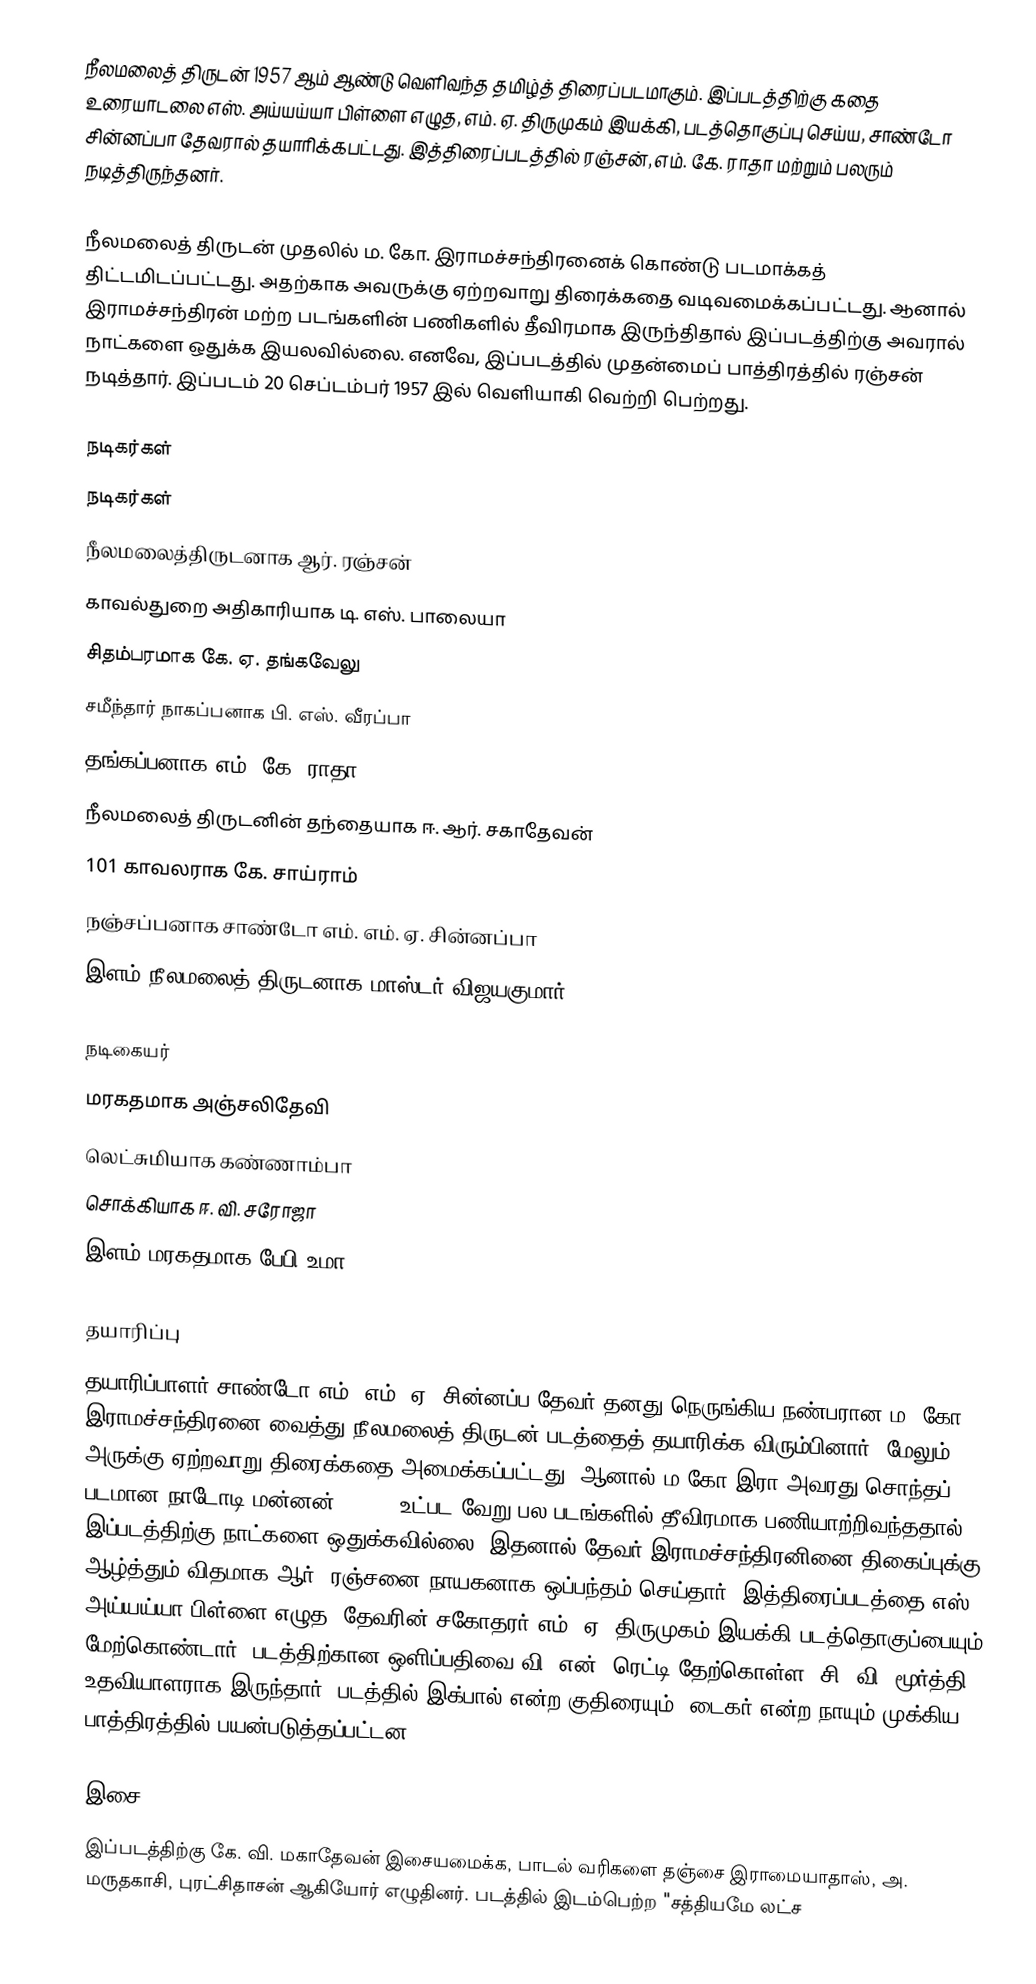
நீலமலைத் திருடன் 1957 ஆம் ஆண்டு வெளிவந்த தமிழ்த் திரைப்படமாகும். இப்படத்திற்கு கதை உரையாடலை எஸ். அய்யய்யா பிள்ளை எழுத,  எம். ஏ. திருமுகம் இயக்கி, படத்தொகுப்பு செய்ய, சாண்டோ சின்னப்பா தேவரால் தயாரிக்கபட்டது. இத்திரைப்படத்தில் ரஞ்சன், எம். கே. ராதா மற்றும் பலரும் நடித்திருந்தனர்.

நீலமலைத் திருடன் முதலில் ம. கோ. இராமச்சந்திரனைக் கொண்டு படமாக்கத் திட்டமிடப்பட்டது. அதற்காக அவருக்கு ஏற்றவாறு திரைக்கதை வடிவமைக்கப்பட்டது. ஆனால் இராமச்சந்திரன் மற்ற படங்களின் பணிகளில் தீவிரமாக இருந்திதால் இப்படத்திற்கு அவரால் நாட்களை ஒதுக்க இயலவில்லை. எனவே, இப்படத்தில் முதன்மைப் பாத்திரத்தில் ரஞ்சன் நடித்தார். இப்படம் 20 செப்டம்பர் 1957 இல் வெளியாகி வெற்றி பெற்றது.

நடிகர்கள்
நடிகர்கள்
 நீலமலைத்திருடனாக ஆர். ரஞ்சன்
 காவல்துறை அதிகாரியாக டி. எஸ். பாலையா
 சிதம்பரமாக கே. ஏ. தங்கவேலு
 சமீந்தார் நாகப்பனாக பி. எஸ். வீரப்பா
 தங்கப்பனாக எம். கே. ராதா
 நீலமலைத் திருடனின் தந்தையாக ஈ. ஆர். சகாதேவன்
 101 காவலராக கே. சாய்ராம்
 நஞ்சப்பனாக சாண்டோ எம். எம். ஏ. சின்னப்பா
 இளம் நீலமலைத் திருடனாக மாஸ்டர் விஜயகுமார்

நடிகையர்
 மரகதமாக அஞ்சலிதேவி
 லெட்சுமியாக கண்ணாம்பா
 சொக்கியாக ஈ. வி. சரோஜா
 இளம் மரகதமாக பேபி உமா

தயாரிப்பு
தயாரிப்பாளர் சாண்டோ எம். எம். ஏ. சின்னப்ப தேவர் தனது நெருங்கிய நண்பரான ம. கோ. இராமச்சந்திரனை வைத்து நீலமலைத் திருடன் படத்தைத் தயாரிக்க விரும்பினார். மேலும் அருக்கு ஏற்றவாறு திரைக்கதை அமைக்கப்பட்டது. ஆனால் ம.கோ.இரா அவரது சொந்தப் படமான நாடோடி மன்னன் (1958) உட்பட வேறு பல படங்களில் தீவிரமாக பணியாற்றிவந்ததால் இப்படத்திற்கு நாட்களை ஒதுக்கவில்லை. இதனால் தேவர் இராமச்சந்திரனினை திகைப்புக்கு ஆழ்த்தும் விதமாக ஆர். ரஞ்சனை நாயகனாக ஒப்பந்தம் செய்தார். இத்திரைப்படத்தை எஸ். அய்யய்யா பிள்ளை எழுத, தேவரின் சகோதரர் எம். ஏ. திருமுகம் இயக்கி படத்தொகுப்பையும் மேற்கொண்டார். படத்திற்கான ஒளிப்பதிவை வி. என். ரெட்டி தேற்கொள்ள, சி. வி. மூர்த்தி உதவியாளராக இருந்தார். படத்தில் இக்பால் என்ற குதிரையும், டைகர் என்ற நாயும் முக்கிய பாத்திரத்தில் பயன்படுத்தப்பட்டன.

இசை
இப்படத்திற்கு கே. வி. மகாதேவன் இசையமைக்க, பாடல் வரிகளை தஞ்சை இராமையாதாஸ், அ. மருதகாசி, புரட்சிதாசன் ஆகியோர் எழுதினர். படத்தில் இடம்பெற்ற "சத்தியமே லட்ச